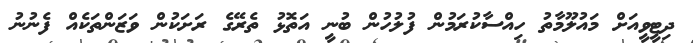
ދިޓީވީއަށް މައުލޫމާތު ހިއްސާކުރަމުން ފުލުހުން ބުނީ އަތޮޅު ތެރޭގެ ރަށަކުން ވަޒަންތަކެއް ފެނުނު